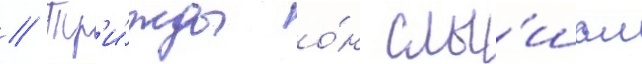
// Тр'и́жды о́н слы́шал